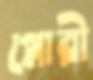
গ্লোরী